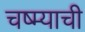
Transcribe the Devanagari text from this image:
चष्म्याची